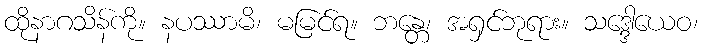
ထိုနာဂသိန်ကို။ နပဿာမိ၊ မမြင်ရ။ ဘန္တေ၊ အရှင်ဘုရား။ သဒ္ဒေါယေဝ၊